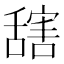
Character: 𦧮